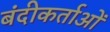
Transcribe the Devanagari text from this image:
बंदीकर्ताओं